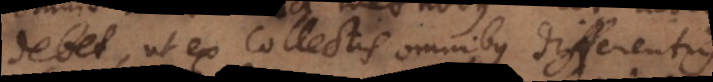
debet, ut ex collectis omnibus differentiis